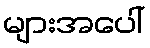
များအပေါ်